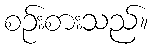
စဉ်းစားသည်။